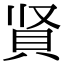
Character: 䝨